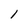
Character: 1